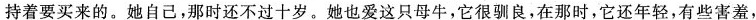
持着要买来的。她自己，那时还不过十岁。她也爱这只母牛，它很驯良，在那时，它还年轻，有些害羞，